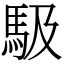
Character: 馺